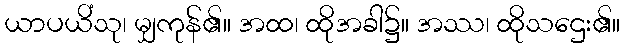
ယာပယိံသု၊ မျှကုန်၏။ အထ၊ ထိုအခါ၌။ အဿ၊ ထိုသဌေး၏။